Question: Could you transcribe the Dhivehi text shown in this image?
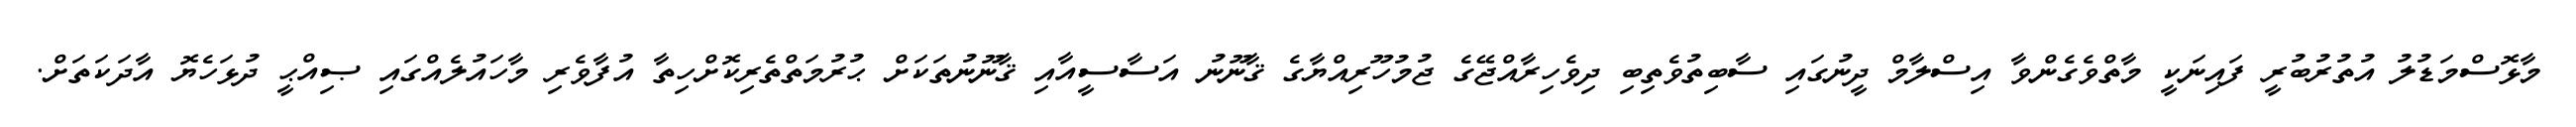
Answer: މާޅޮސްމަޑުލު އުތުރުބުރީ ފައިނަކީ މާތްވެގެންވާ އިސްލާމް ދީނުގައި ސާބިތުވެތިބި ދިވެހިރާއްޖޭގެ ޖުމުހޫރިއްޔާގެ ޤާނޫނު އަސާސީއާއި ޤާނޫނުތަކަށް ޙުރުމަތްތެރިކޮށްހިތާ އުފާވެރި މާހައުލެއްގައި ޞިއްޙީ ދުޅަހެޔޮ އާދަކަތަށް.